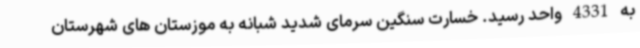
به 4331 واحد رسید. خسارت سنگین سرمای شدید شبانه به موزستان های شهرستان